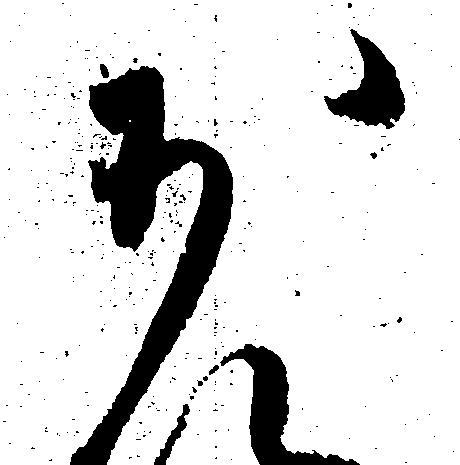
少